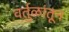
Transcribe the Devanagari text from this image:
वर्तुळांतून